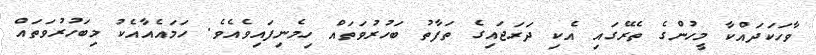
ވާހަކަދައްކާ މީހުންގެ ތެރޭގައި އެކި ދަރަޖައިގެ ތަފާތު ބަހުރުވަތައް ހިމެނިފައިވެއެވެ. ހަމައެއާއެކު މިބަހުރުވަތައް